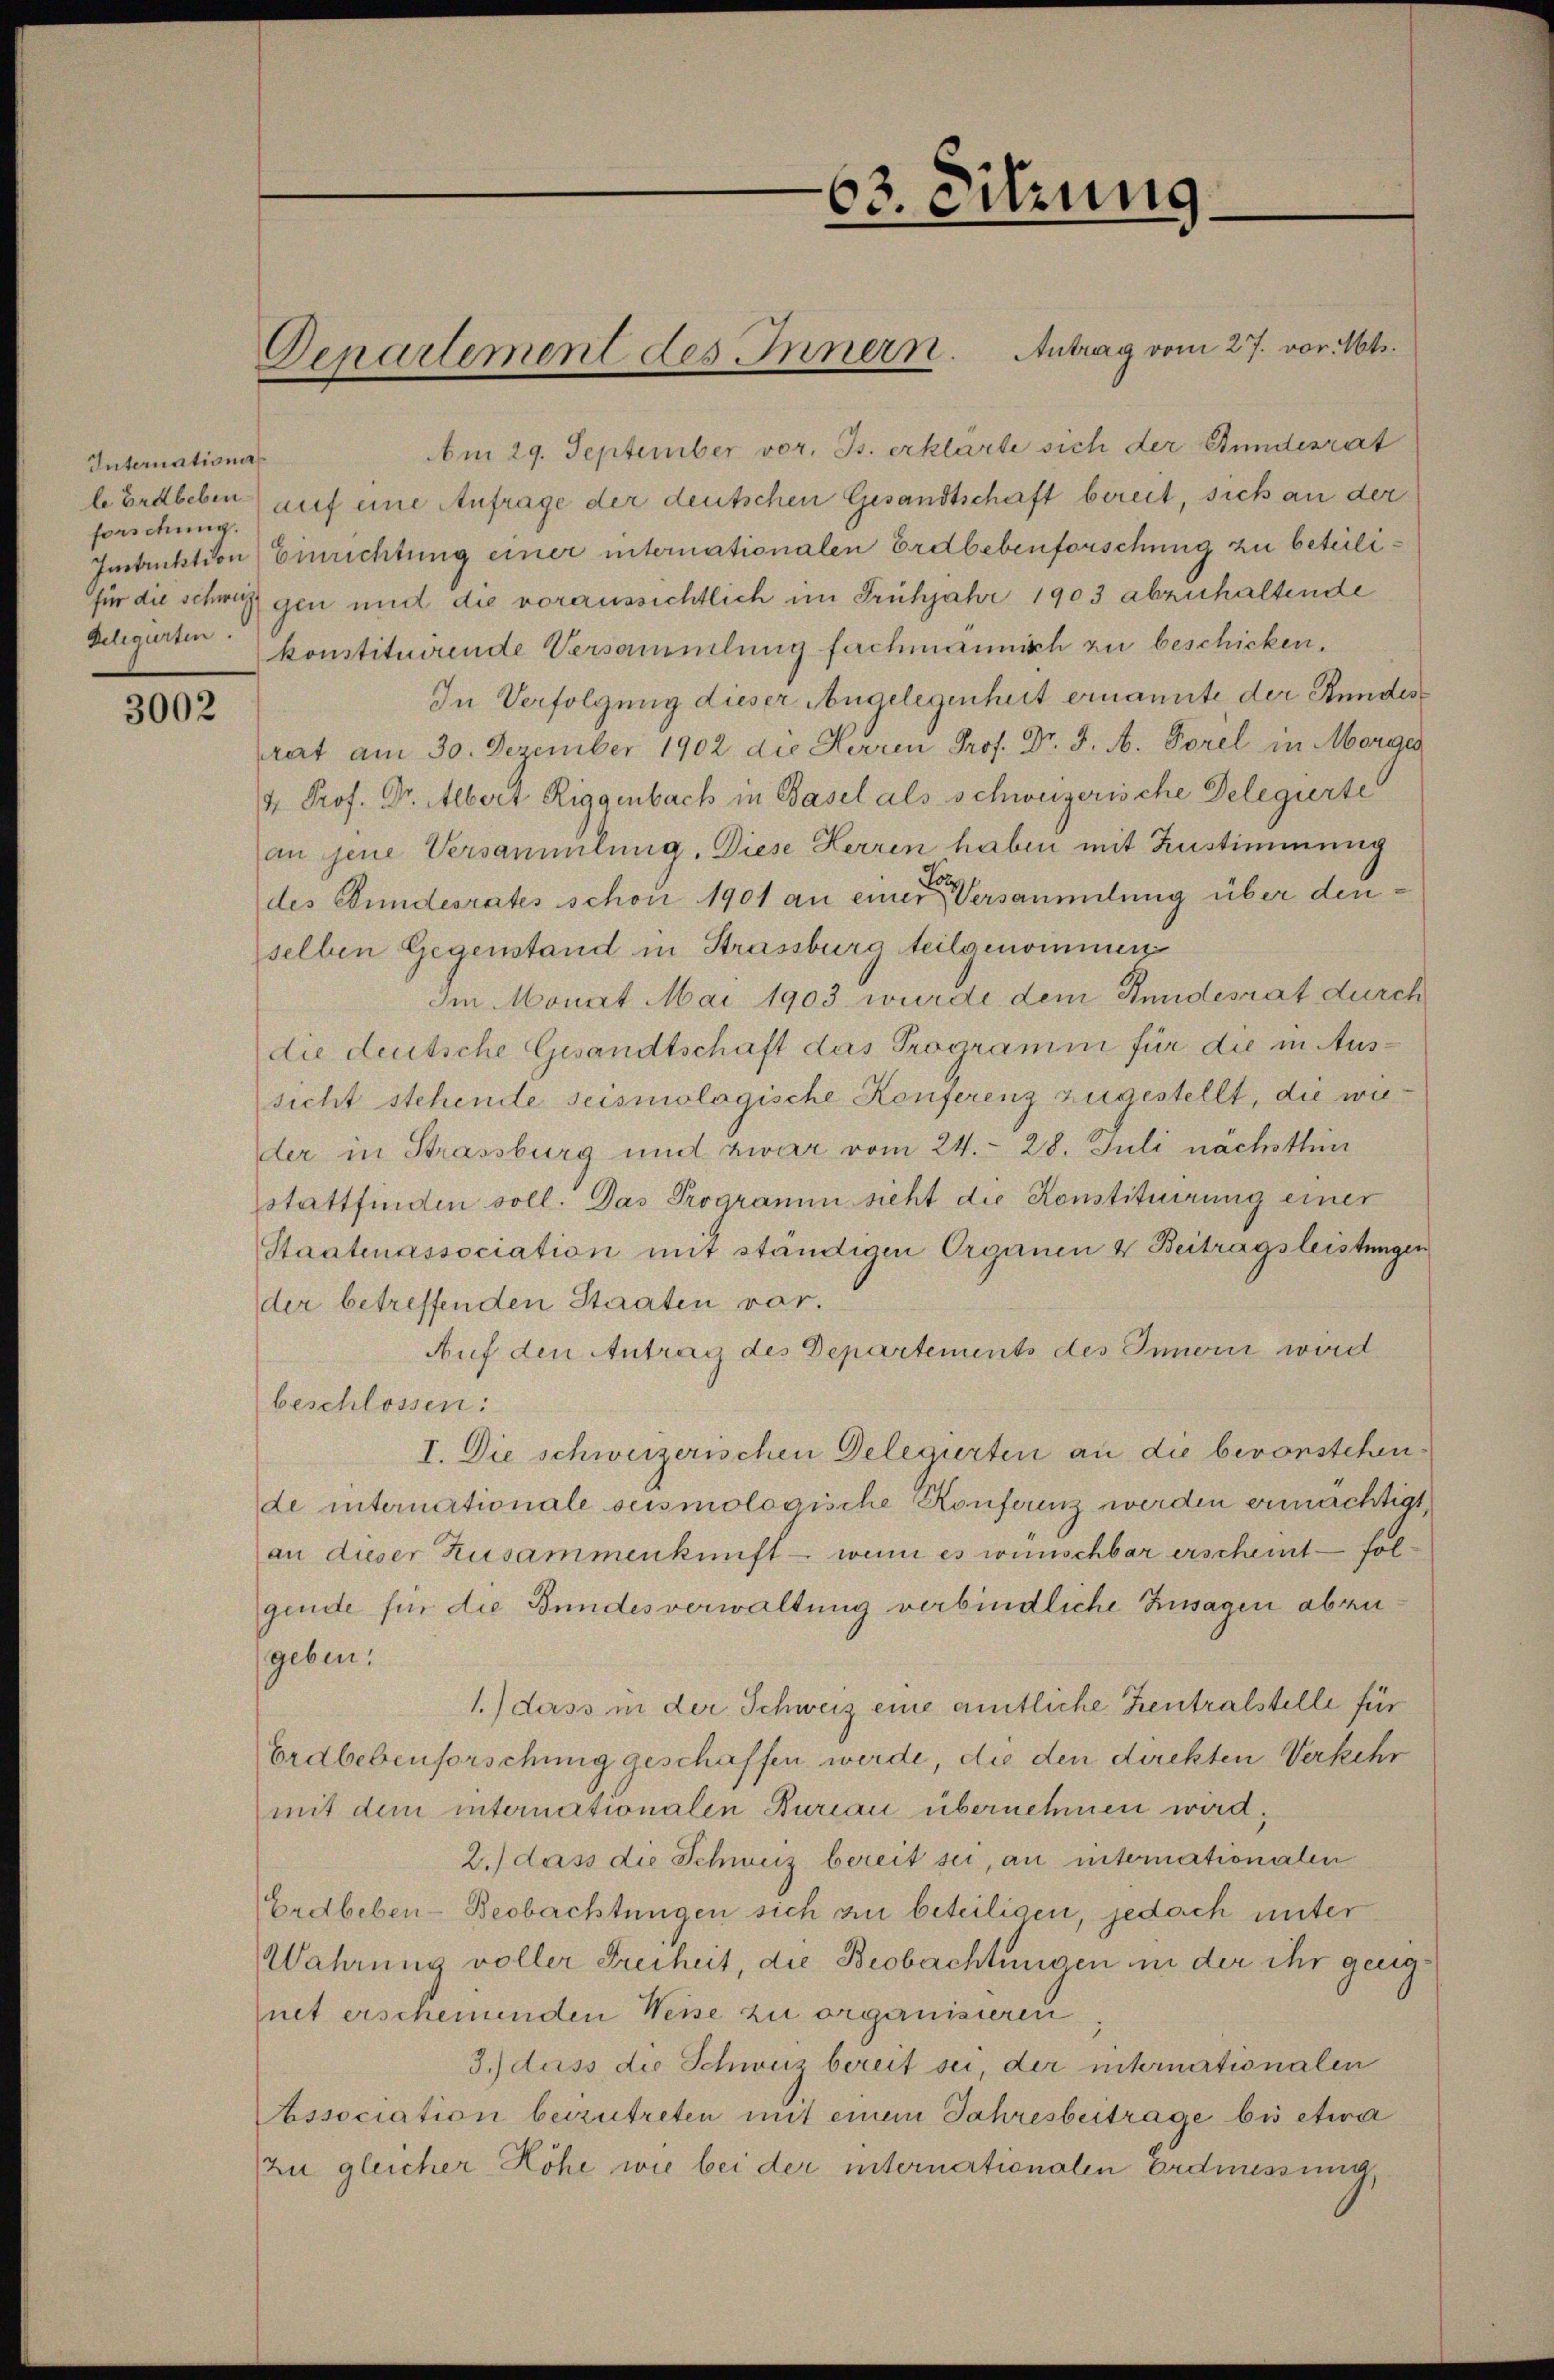
Internationis
forschung.

3002

Am 29. September vor. Js. erklärte sich der Stundesrat
le Erdbeben auf eine Anfrage der deutschen Gesandtschaft bereit, sich an der
Imtuktion) Einrichtung einer internationalen Erdbebenforschung zu beteilifür die schweiz gen und die voraussichtlich im Frühjahr 1903 abzuhaltende
Delegarten konstituirende Versammlung fachmannisch zu beschicken.
In Verfolgung dieser Angelegenheit ernannte der Stundes
rat am 30. Dezember 1902 die Herren Prof. Dr. J. A. Forel in Morges
4 Prof. Dr. Albert Riggenbach in Basel als schweizerische Delegierte
an jene Versammlung. Diese Herren haben mit Zustimmung
des Bundesrates schon 1901 an einer Versammlung über denselben Gegenstand in Strassburg teilgenommen
Im Monat Mai 1903 wurde dem Bundesrat durch
die deutsche Gesandtschaft das Programm für die in Aussicht stehende seismologische Konferenz zugestellt, die wieder in Strassburg und zwar vom 24. 28. Juli nächsthin
stattfinden soll. Das Programm sieht die Konstituirung einer
Staatenassociation mit ständigen Organen & Beitragsleistungen
der betreffenden Staaten vor.
Auf den Antrag des Departements des Innern wird
beschlossen:
I. Die schweizerischen Delegirten an die bevorstehende internationale seismologische Konfornz werden ermächtigt,
an dieser Zusammenkunft - wenn es wünschbar erscheint - fölgende für die Bundesverwaltung verbindliche Zusagen abzugeben:
1.) dass in der Schweiz eine amtliche Zentralstelle für
Erdbebenforschung geschaffen werde, die den direkten Verkehr
mit dem internationalen Bureau übernehmen wird;
2.) dass die Schweiz bereit sei, an internationalen
Erdbeben-Beobachtungen sich zu beteiligen, jedoch unter
Wahrung voller Freiheit, die Beobachtungen in der ihr geeignet erscheinenden Weise zu organisieren
3.) dass die Schweiz bereit sei, der internationalen
Association beizutreten mit einem Jahresbeitrage bis etwa
Zu gleicher Höhe wie bei der internationalen Erdmessung,

63. Sitzung.

Denartement des Innern. Antrag vom 27. vor. Mts.